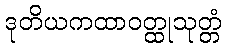
ဒုတိယကထာဝတ္ထုသုတ္တံ